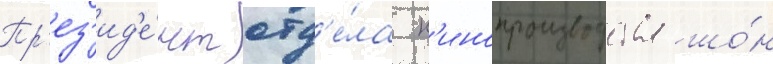
Пр'ез'ид'е́нт отд'е́ла к'инопроизводства шо́н